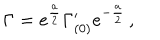
LaTeX: \Gamma = e ^ { \frac { a } { 2 } } \Gamma _ { ( 0 ) } ^ { \prime } e ^ { - { \frac { a } { 2 } } } \, ,